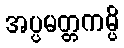
အပ္ပမတ္တကမ္ပိ